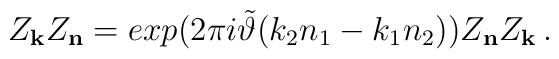
Z_{\bf k}Z_{\bf n} = exp(2\pi i \tilde \vartheta (k_{2}n_{1} - k_{1}n_{2})) Z_{\bf n}Z_{\bf k} \, .